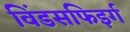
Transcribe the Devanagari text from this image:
विंडसफिइर्ग